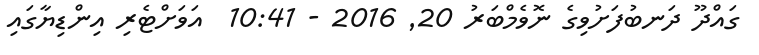
ގައްދޫ ދަނބުފަށުވިގެ ނޮވެމްބަރު 20